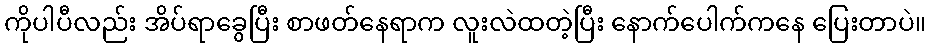
ကိုပါပီလည်း အိပ်ရာခွေပြီး စာဖတ်နေရာက လူးလဲထတဲ့ပြီး နောက်ပေါက်ကနေ ပြေးတာပဲ။